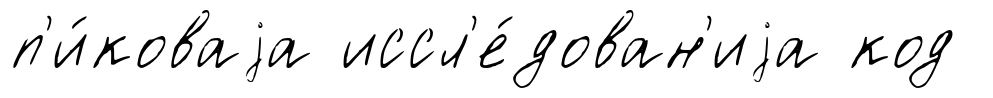
п'и́коваjа иссл'е́дован'иjа код